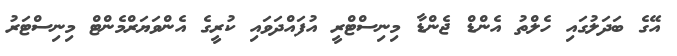
އޭގެ ބަދަލުގައި ހެލްތު އެންޑް ޖެންޑާ މިނިސްޓްރީ އުފައްދަވައި ކުރީގެ އެންވަޔަރްމެންޓް މިނިސްޓަރު